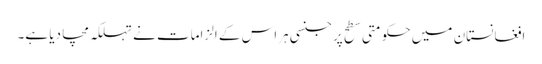
افغانستان میں حکومتی سطح پر جنسی ہراس کے الزامات نے تہلکہ مچا دیا ہے۔